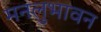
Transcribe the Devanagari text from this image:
मनलुभावन